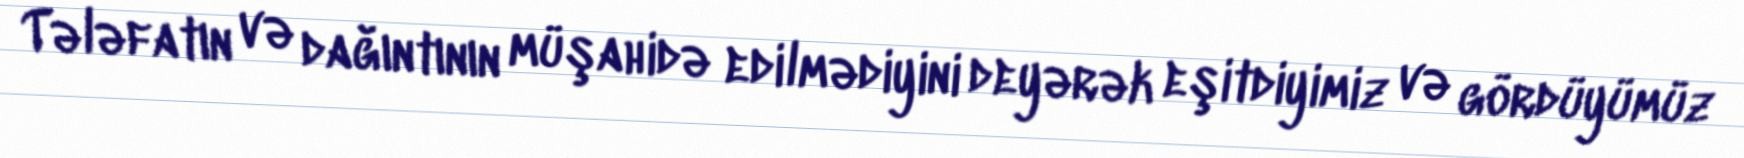
Tələfatın və dağıntının müşahidə edilmədiyini deyərək eşitdiyimiz və gördüyümüz